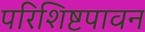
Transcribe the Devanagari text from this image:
परिशिष्टपावन